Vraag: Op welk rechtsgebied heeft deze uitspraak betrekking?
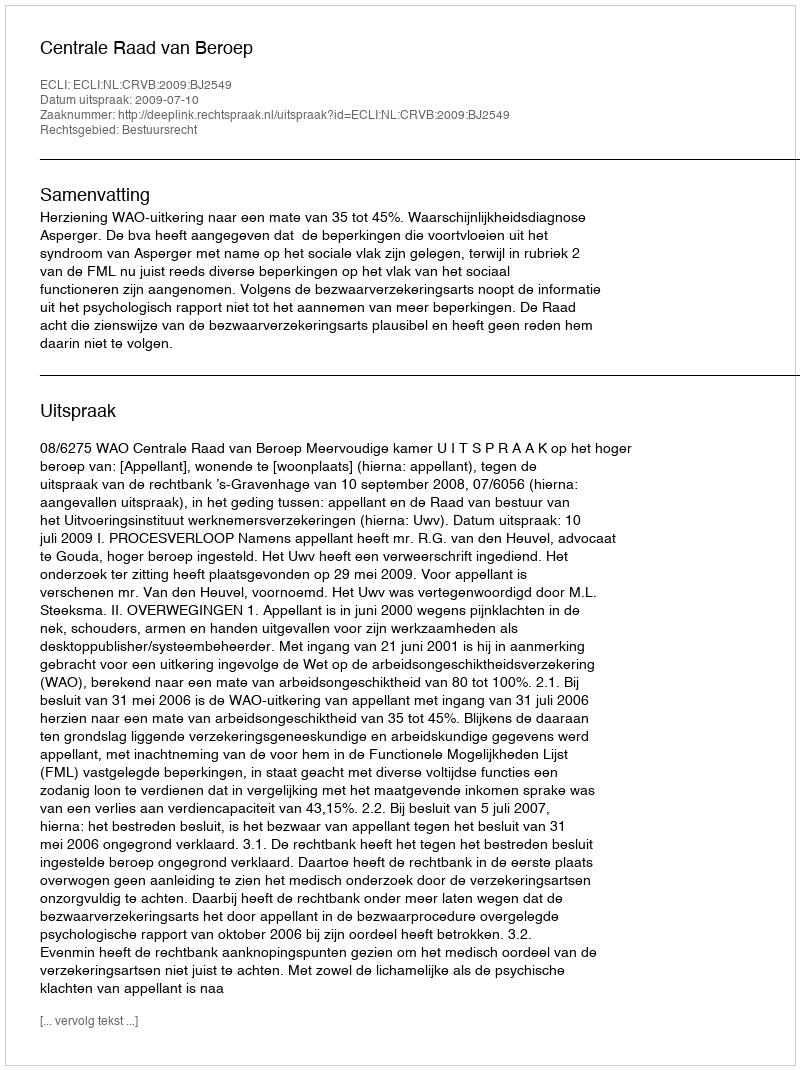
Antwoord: Bestuursrecht